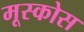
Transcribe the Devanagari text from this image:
मूस्कोस